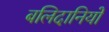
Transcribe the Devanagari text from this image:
बलिदानियों